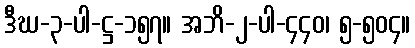
ဒီဃ-၃-ပါ-ဋ္ဌ-၁၅၇။ အဘိ-၂-ပါ-၄၄၀၊ ၅-၅၀၄။